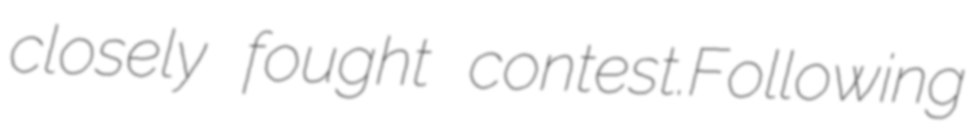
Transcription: closely fought contest.Following